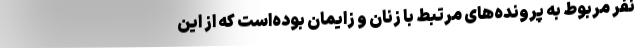
نفر مربوط به پرونده‌های مرتبط با زنان و زایمان بوده‌است که از این